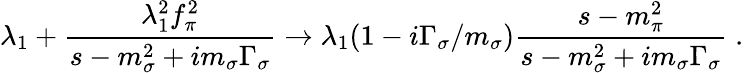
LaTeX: \lambda_{1}+\frac{\lambda_{1}^{2}f_{\pi}^{2}}{s-m_{\sigma}^{2}+im_{\sigma}\Gamma_{\sigma}}\rightarrow\lambda_{1}(1-i\Gamma_{\sigma}/m_{\sigma})\frac{s-m_{\pi}^{2}}{s-m_{\sigma}^{2}+im_{\sigma}\Gamma_{\sigma}}\; .